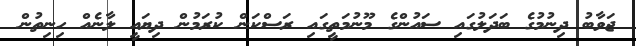
ޖަވާބު ދިނުމުގެ ބަދަލުގައި ސައުންގެ މޫނުމަތީގައި ރަސްކަން ކުރަމުން ދިޔައީ ލާނެއް ހިނިތުން